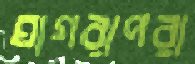
ঘাগরাপরা